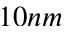
1 0 n m